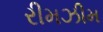
રીમઝીમ